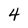
Character: 4